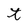
Character: t